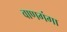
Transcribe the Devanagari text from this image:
वाणगंगा